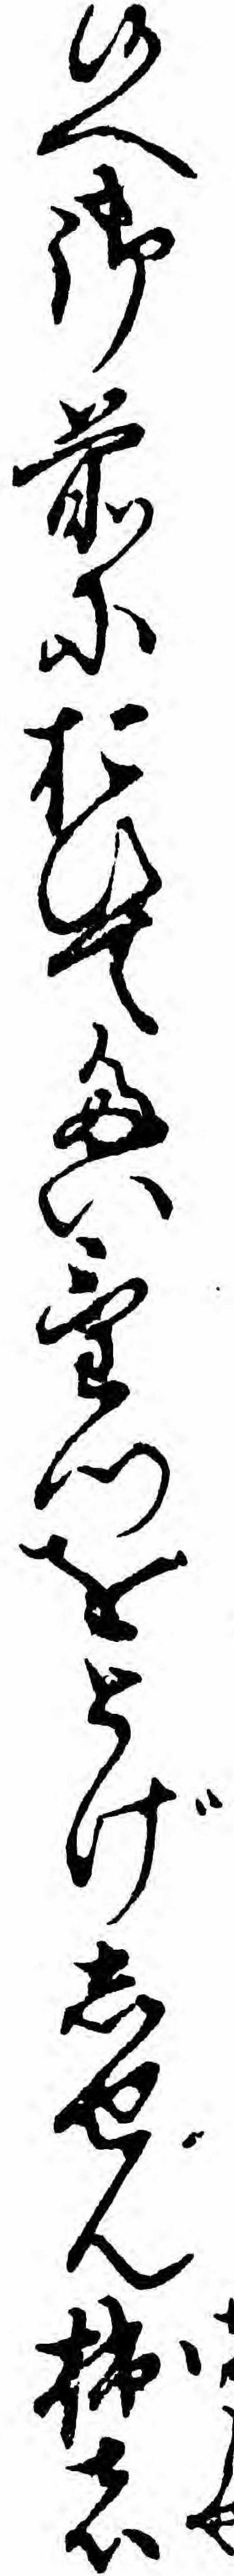
候へ御前におひてたいけつをとげしせん拙者